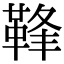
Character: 𩊩